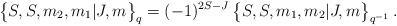
LaTeX: \begin{align*} \bigl\{ S,S,m_2,m_1 \vert J,m \bigr\}_q = (-1)^{2S-J} \, \bigl\{ S,S,m_1,m_2 \vert J,m \bigr\}_{q^{-1}} \,.\end{align*}